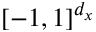
[ - 1 , 1 ] ^ { d _ { x } }